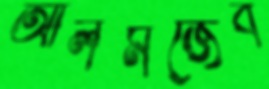
আলমজেব